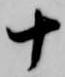
十